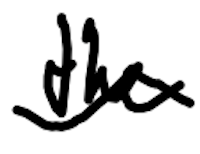
Text: the
Cross-out: wave
Writing tool: digital_black